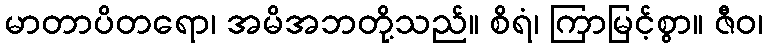
မာတာပိတရော၊ အမိအဘတို့သည်။ စိရံ၊ ကြာမြင့်စွာ။ ဇီဝ၊